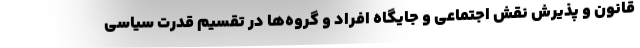
قانون و پذیرش نقش اجتماعی و جایگاه افراد و گروه‌ها در تقسیم قدرت سیاسی